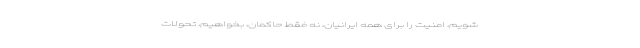
شویم، امنیت را برای همه ایرانیان، نه فقط حاکمان، بخواهیم، تحوّلات